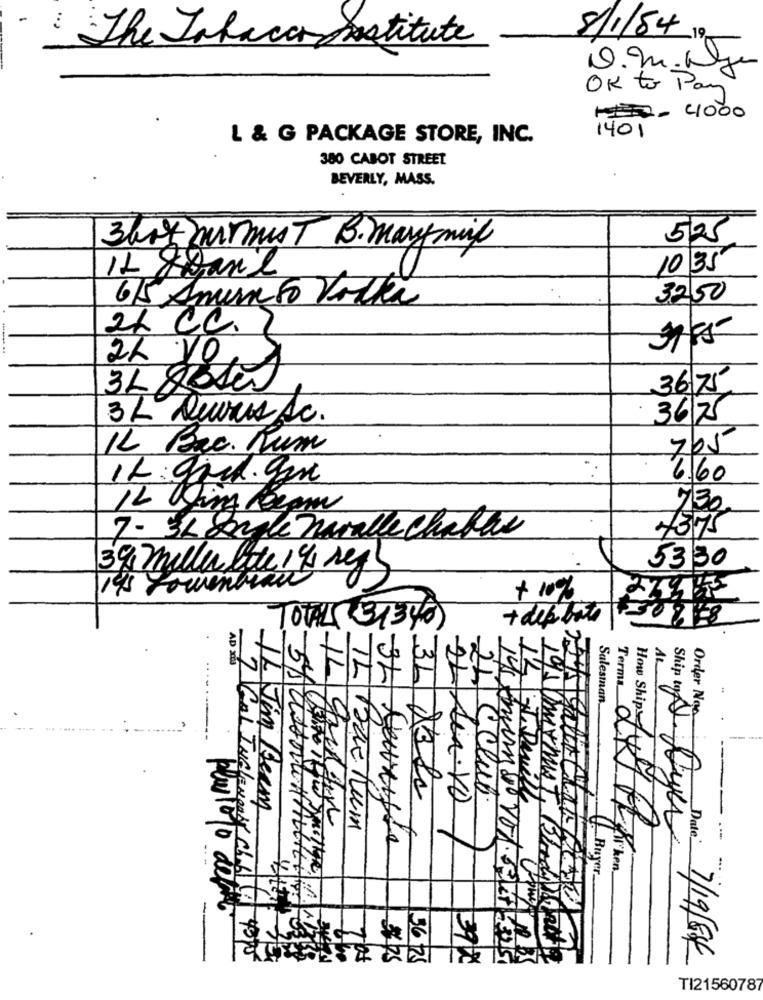
-
8/1/84
The Jakacco Institute
OK to Pay
1- 4000
L & G PACKAGE STORE, INC.
1401
380 CABOT STREET
BEVERLY, MASS.
525
3bot mirmust B. marymil
10 35
IL Pearl
6/5 Amento Vodka
3250
2x CC.
2L VO
3675
3L Deuros Ac.
3675
IL Bac. Rum
705
6.60
IL:grid. gm
730
7 - 3L Sagte navalle Chabas
7375
5330
39, mille lite 1 /5 segs
195 Lowentrau
+ 10%
TOTAL( 31340)
+ dep bote |+30 9 8
1L
31
-22
14
32
Terms
Salesman
Order Noo
195 Um
---
---
Sen.VD
22/ CClub.
x. Devill
How Ship fullt
IL Jim Beam
Leuruffe
Ship to A. Ayer
Date
Buyer
7 Gol INclemeasy club LA 450
Durmist, Blodyaz
36.75
392
7/19/84
TI21560787